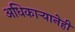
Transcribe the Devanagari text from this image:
अधिकाऱ्यानेही